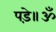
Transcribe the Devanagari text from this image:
पड़े॥ॐ